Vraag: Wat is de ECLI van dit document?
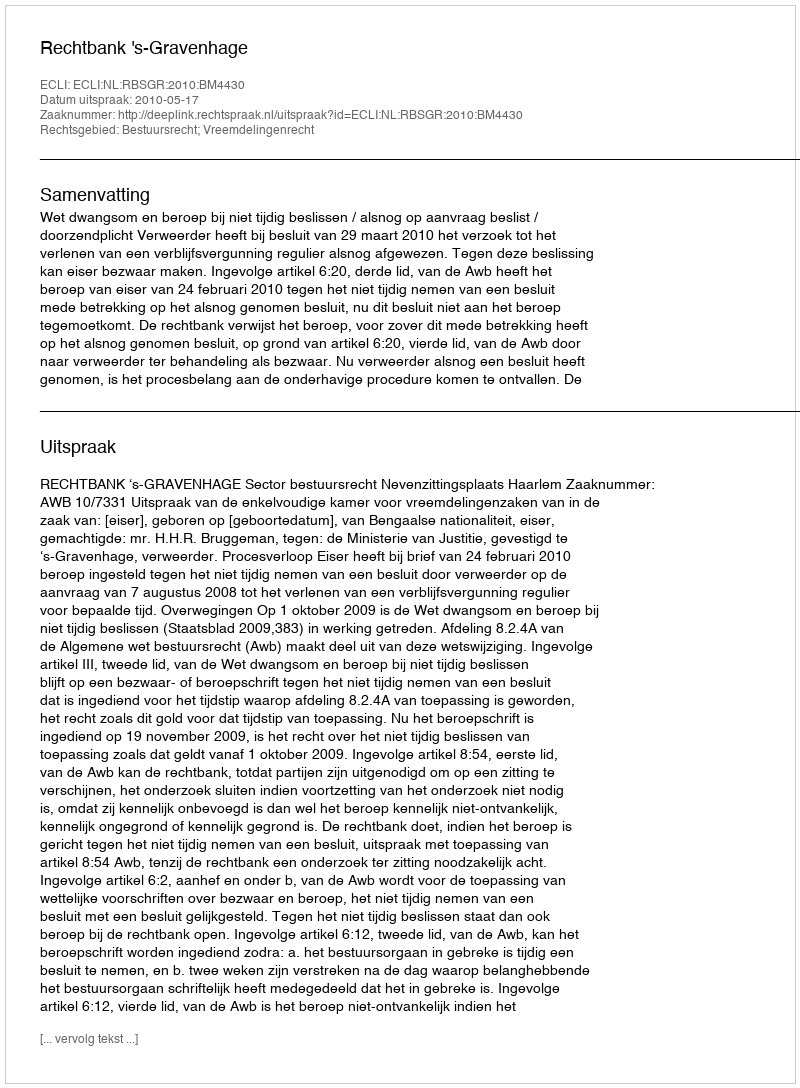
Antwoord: ECLI:NL:RBSGR:2010:BM4430